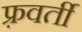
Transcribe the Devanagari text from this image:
फ़्रवर्ती